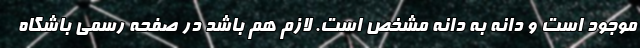
موجود است و دانه به دانه مشخص است. لازم هم باشد در صفحه رسمی باشگاه